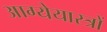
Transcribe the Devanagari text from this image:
आग्येयास्त्रों